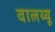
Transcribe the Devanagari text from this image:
वालथ्यू